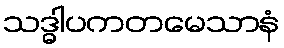
သဒ္ဓါပကတမေသာနံ